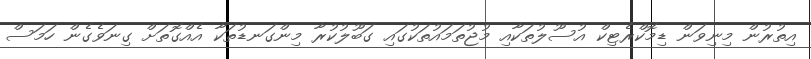
އިތުރުން މިނިވަން ޑިމޮކްރެޓިކް އުސޫލުތަކާއި މުޖުތަމައުތަކުގައި ގަބޫލުކުރާ މިންގަނޑުތަކާ އެއްގޮތަށް ގިނަވެގެން ހަމަސް